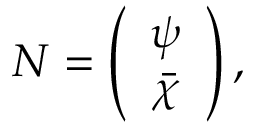
N = \left( \begin{array} { c } { { \psi } } \\ { { \bar { \chi } } } \end{array} \right) ,